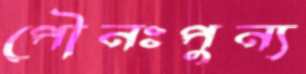
পৌনঃপুন্য